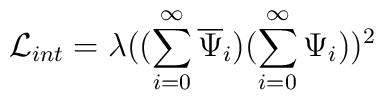
{\cal L}_{int} =\lambda((\sum_{i=0}^{\infty}\overline{\Psi}_{i})(\sum_{i=0}^{\infty}\Psi_{i}))^{2}